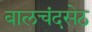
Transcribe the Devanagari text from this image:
बालचंदसेठ